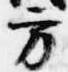
方